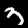
Digit: 3